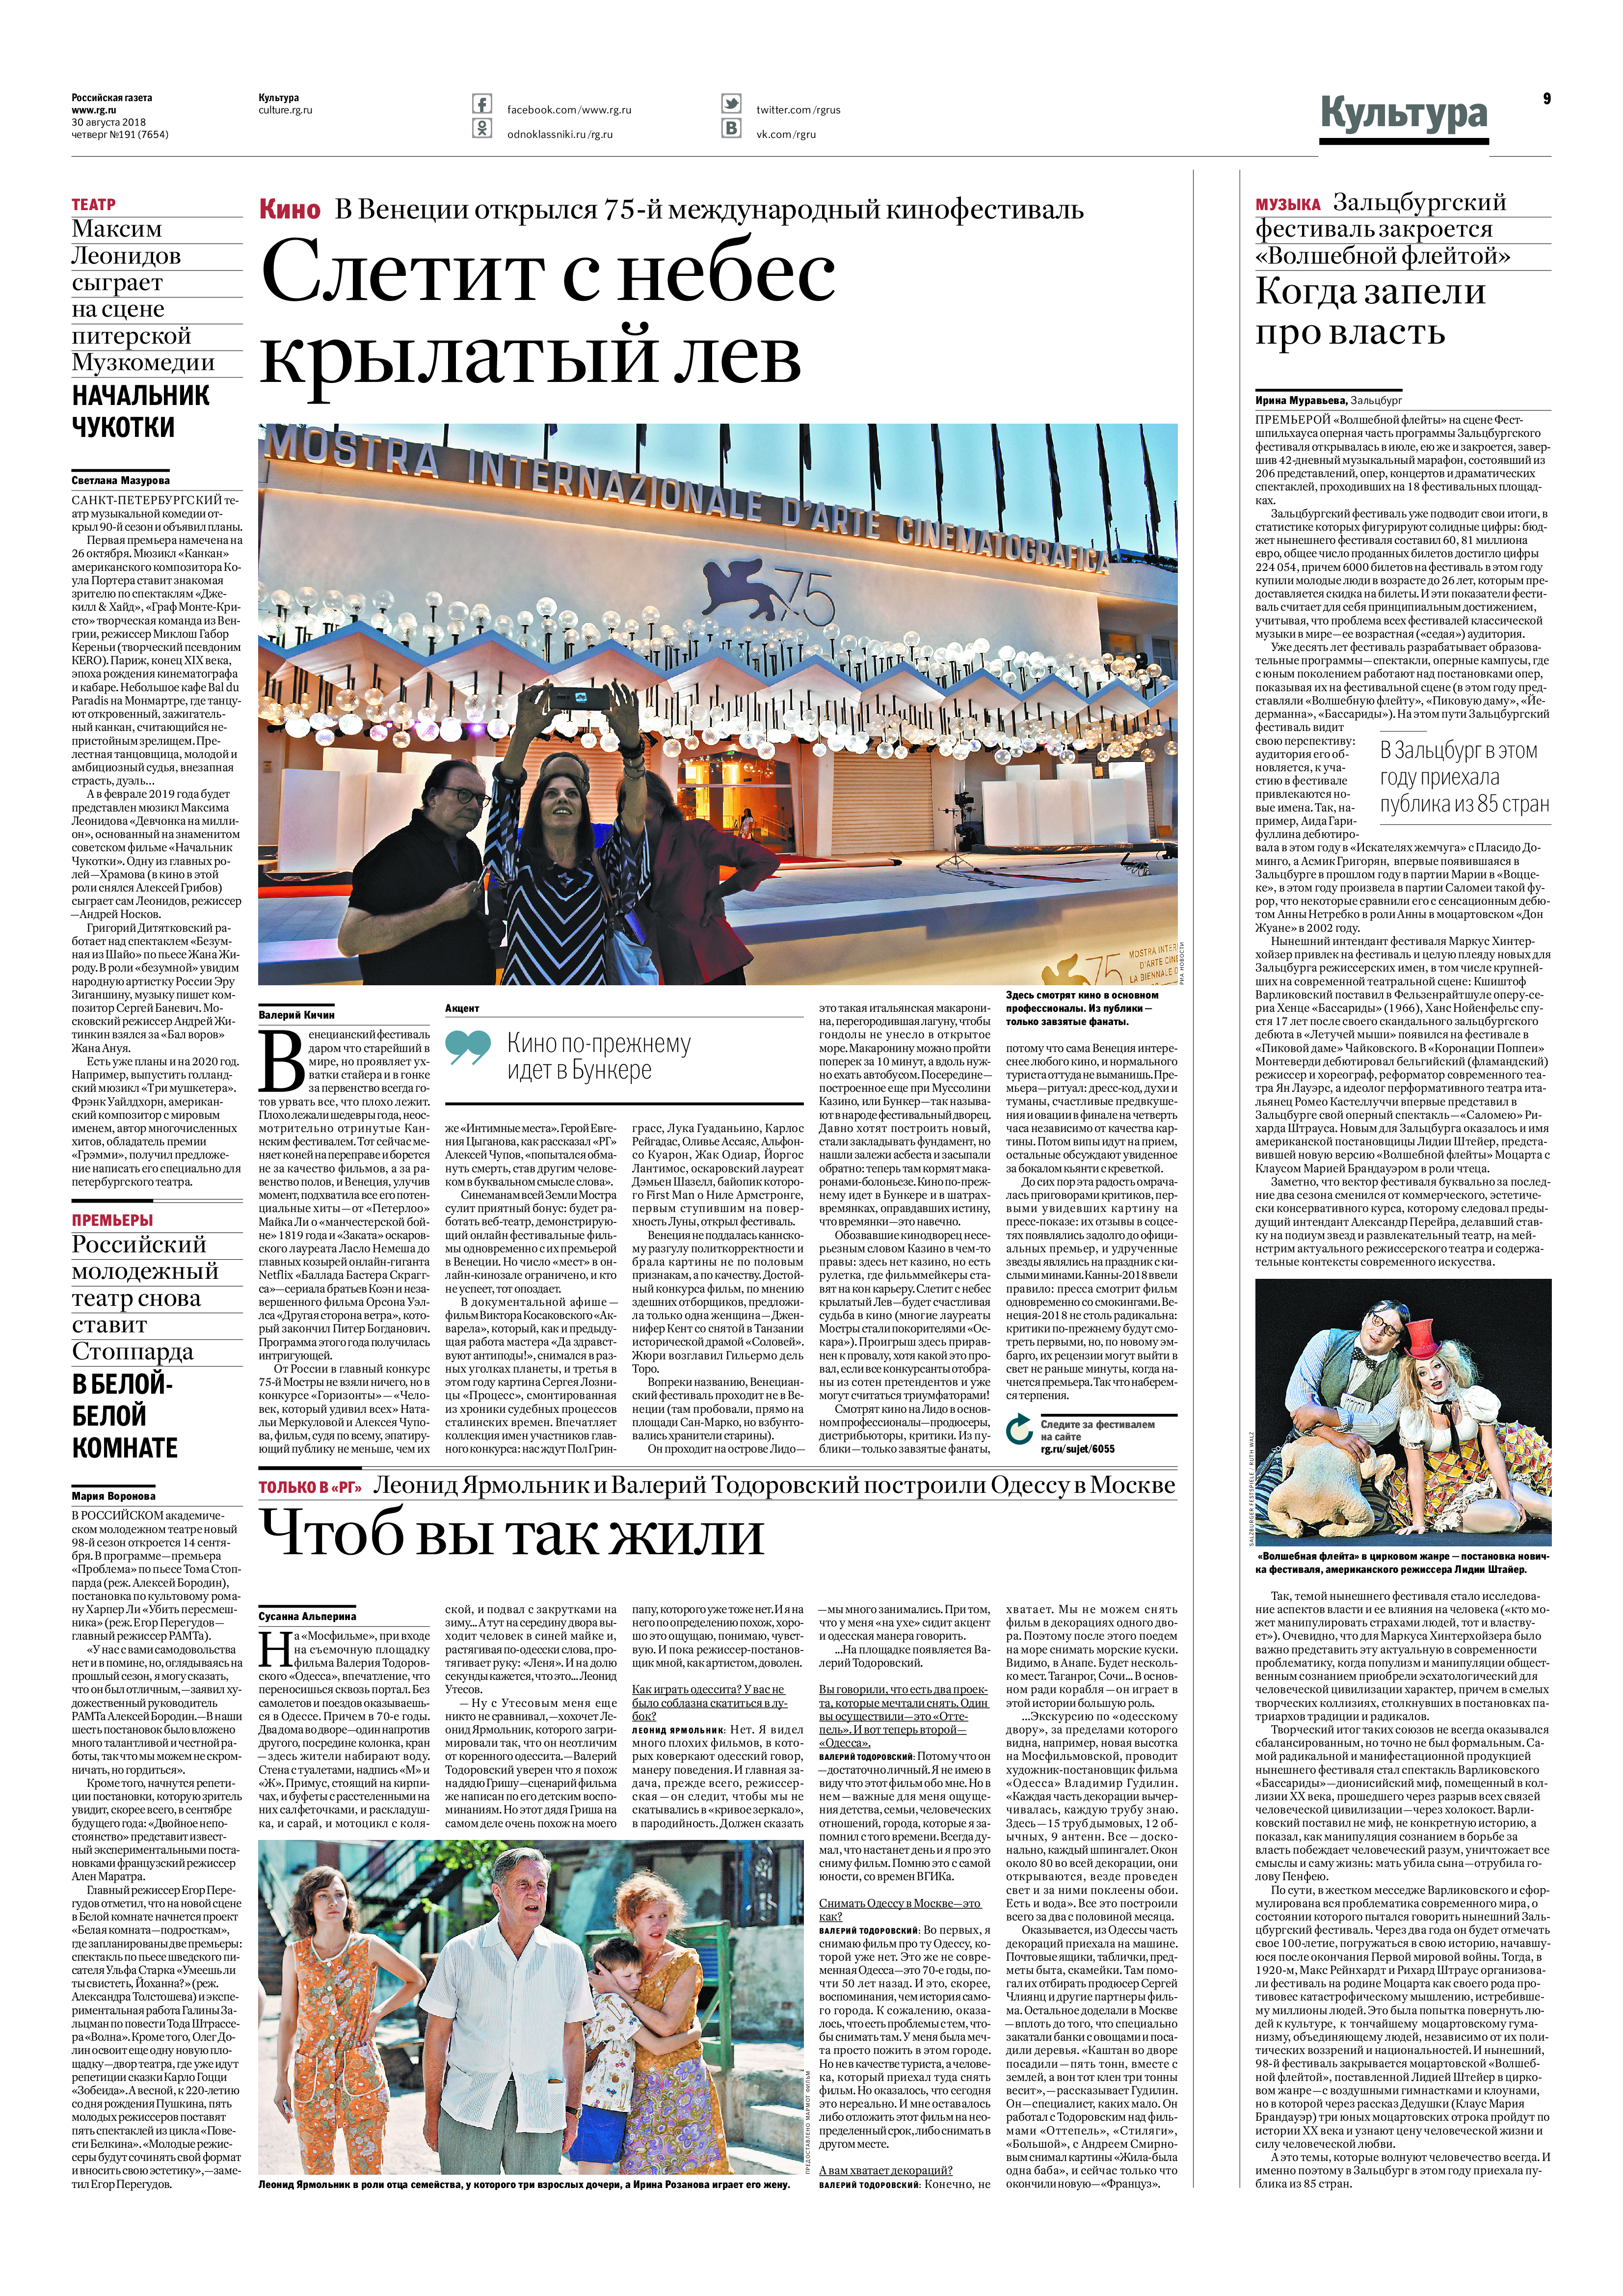
Language: ru